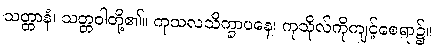
သတ္တာနံ၊ သတ္တဝါတို့၏။ ကုသလသိက္ခာပနေ၊ ကုသိုလ်ကိုကျင့်စေရာ၌။